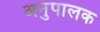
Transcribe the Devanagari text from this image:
अनुपालक